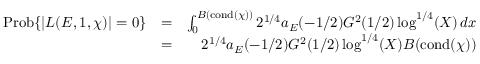
\begin{array} { r l r } { \mathrm { P r o b } \{ | L ( E , 1 , \chi ) | = 0 \} } & { = } & { \int _ { 0 } ^ { B ( \mathrm { c o n d } ( \chi ) ) } 2 ^ { 1 / 4 } a _ { E } ( - 1 / 2 ) G ^ { 2 } ( 1 / 2 ) \log ^ { 1 / 4 } ( X ) \, d x } \\ & { = } & { 2 ^ { 1 / 4 } a _ { E } ( - 1 / 2 ) G ^ { 2 } ( 1 / 2 ) \log ^ { 1 / 4 } ( X ) B ( \mathrm { c o n d } ( \chi ) ) } \end{array}